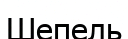
Шепель